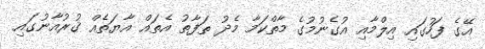
އޭގެ ފަހުގައި އިލްމާއި އުގެނުމުގެ މާތްކަމާ މެދު ތަފާތު އެތައް އާޔަތެއް ޤުރުއާނުގައި